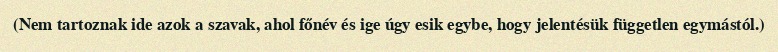
(Nem tartoznak ide azok a szavak, ahol főnév és ige úgy esik egybe, hogy jelentésük független egymástól.)